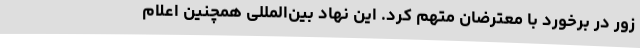
زور در برخورد با معترضان متهم کرد. این نهاد بین‌المللی همچنین اعلام